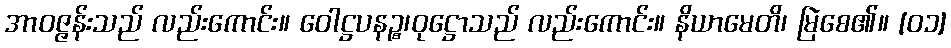
အာဝဇ္ဇန်းသည် လည်းကောင်း။ ဝေါဋ္ဌပနဉ္စ၊ဝုဋ္ဌောသည် လည်းကောင်း။ နိယာမေတိ၊ မြဲစေ၏။ [၀၁]